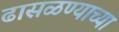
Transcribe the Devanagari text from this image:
ढासळण्याच्या